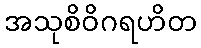
အသုစိဝိဂရဟိတ